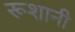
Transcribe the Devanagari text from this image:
रूशानी